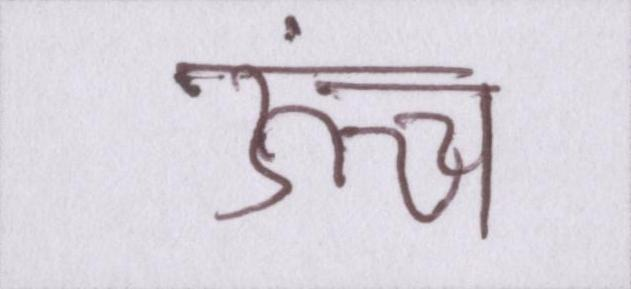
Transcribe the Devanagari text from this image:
ऊंच्च